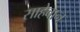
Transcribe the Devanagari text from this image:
साहेबान